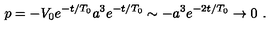
p = - V _ { 0 } e ^ { - t / T _ { 0 } } a ^ { 3 } e ^ { - t / T _ { 0 } } \sim - a ^ { 3 } e ^ { - 2 t / T _ { 0 } } \to 0 \ .